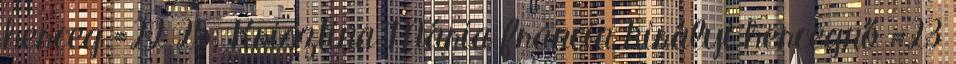
herceg =22 25. Krisztina Mária francia királyi hercegnő =23